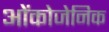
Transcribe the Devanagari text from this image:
ओंकोजेनिक